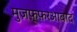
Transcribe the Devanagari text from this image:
मुज़फ़्फ़रआबाद